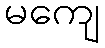
မကျေ